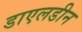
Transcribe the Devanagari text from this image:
डाएलडीन